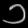
Digit: ၁